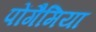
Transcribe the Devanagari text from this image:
पोंगैमिया